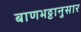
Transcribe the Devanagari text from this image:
बाणभट्टानुसार